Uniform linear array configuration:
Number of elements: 12
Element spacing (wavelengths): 0.5
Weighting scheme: uniform
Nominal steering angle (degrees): -60
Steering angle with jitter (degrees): -60.33
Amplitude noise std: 0.05
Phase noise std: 0.05

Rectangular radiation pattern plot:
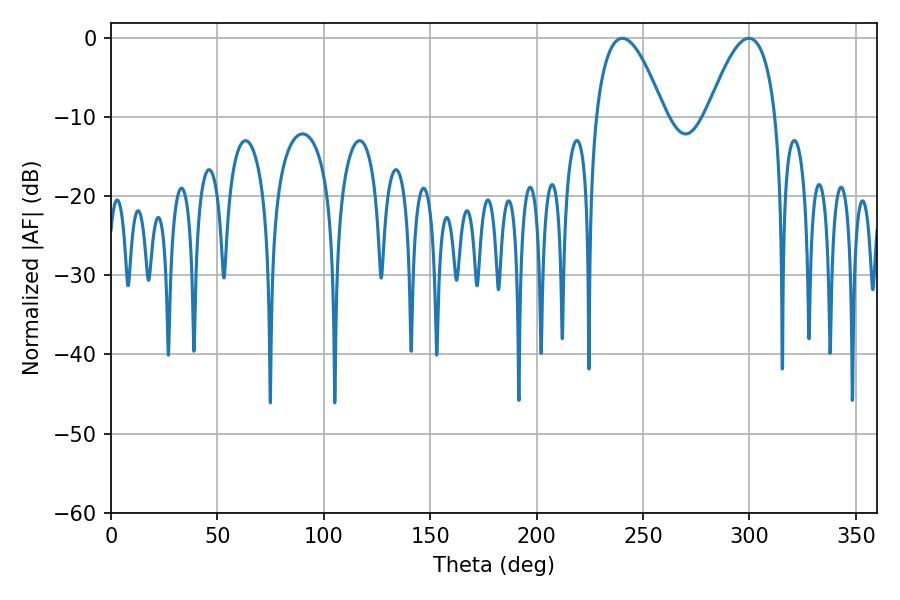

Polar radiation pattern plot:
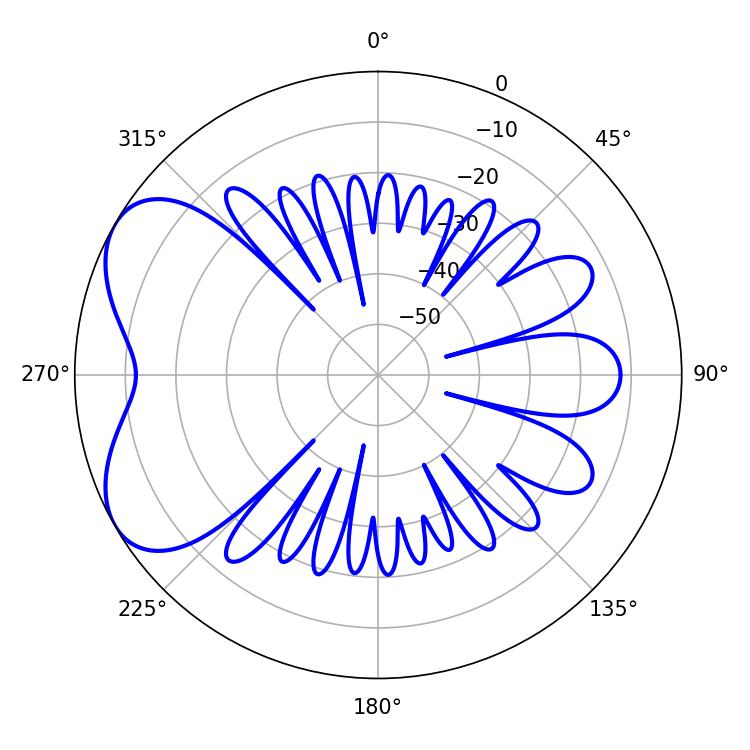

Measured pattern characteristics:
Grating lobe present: FALSE
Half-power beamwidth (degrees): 17.64
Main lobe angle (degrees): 240.3